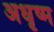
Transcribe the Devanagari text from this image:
अधृष्म